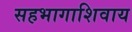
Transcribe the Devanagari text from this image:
सहभागाशिवाय